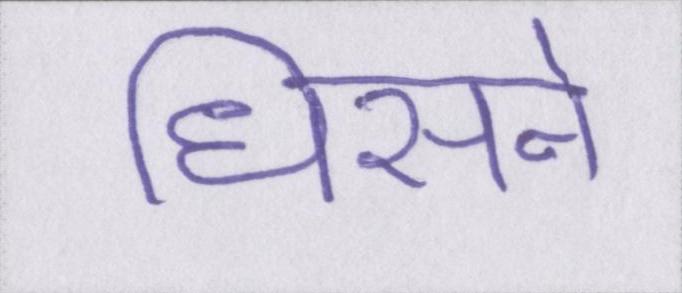
धिसने